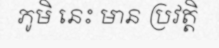
ភូមិ នេះ មាន ប្រវត្តិ